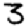
Digit: 3